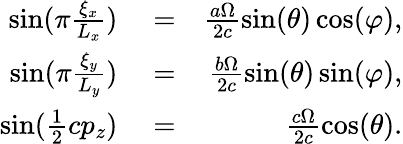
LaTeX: \begin{array}{rlr}{\sin(\pi\frac{\xi_{x}}{L_{x}})}&{{}=}&{\frac{a\Omega}{2c}\sin(\theta)\cos(\varphi),}\\ {\sin(\pi\frac{\xi_{y}}{L_{y}})}&{{}=}&{\frac{b\Omega}{2c}\sin(\theta)\sin(\varphi),}\\ {\sin(\frac{1}{2}cp_{z})}&{{}=}&{\frac{c\Omega}{2c}\cos(\theta).}\end{array}